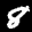
Label: 8